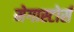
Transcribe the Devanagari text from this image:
मेगास्टोर्स